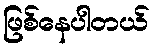
ဖြစ်နေပါတယ်